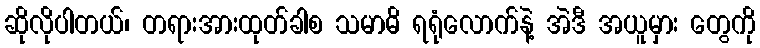
ဆိုလိုပါတယ်၊ တရားအားထုတ်ခါစ သမာဓိ ရရုံလောက်နဲ့ အဲဒီ အယူမှား တွေကို